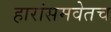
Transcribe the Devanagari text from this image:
हारांसमवेतच